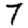
Digit: 7